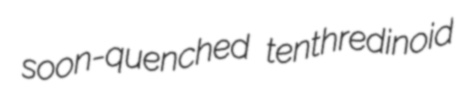
soon-quenched tenthredinoid